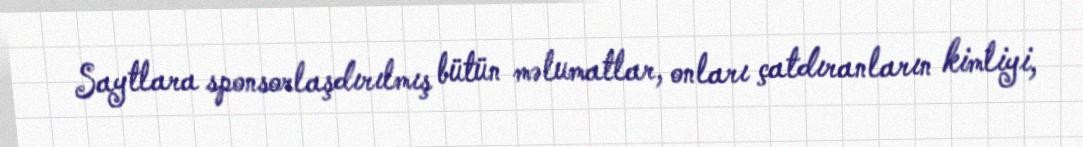
Saytlara sponsorlaşdırılmış bütün məlumatlar, onları çatdıranların kimliyi,